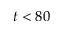
t < 8 0